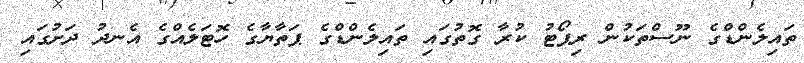
ތައިލެންޑްގެ ނޫސްތަކުން ރިޕޯޓު ކުރާ ގޮތުގައި ތައިލެންޑްގެ ޕަތާޔާގެ ހޮޓަލެއްގެ އެނދު ދަށުގައި